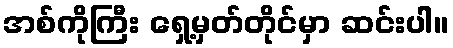
အစ်ကိုကြီး ရှေ့မှတ်တိုင်မှာ ဆင်းပါ။